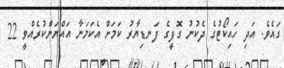
ގައެވެ. އަދި ހައިކޯޓުގެ ދެކުނު ގޮފީގެ ފަނޑިޔާރު ކަމަށް އެކަމަނާ އައްޔަންކުރެއްވީ 22